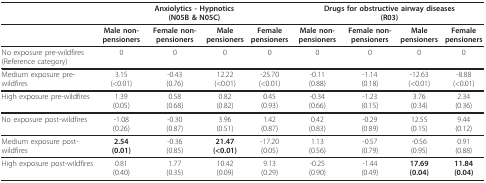
|  | <COLSPAN=4> Anxiolytics - Hypnotics(N05B & N05C) | <COLSPAN=4> Drugs for obstructive airway diseases(R03) |
 | --- | --- | --- | --- | --- | --- | --- | --- | --- |
 |  | Male non-pensioners | Female non- pensioners | Male pensioners | Female pensioners | Male non-pensioners | Female non-pensioners | Male pensioners | Female pensioners |
 | No exposure pre-wildfires (Reference category) | 0 | 0 | 0 | 0 | 0 | 0 | 0 | 0 |
 | Medium exposure pre-wildfires | 3.15(<0.01) | -0.43(0.76) | 12.22(<0.01) | -25.70(<0.01) | -0.11(0.88) | -1.14(0.18) | -12.63(<0.01) | -8.88(<0.01) |
 | High exposure pre-wildfires | 1.39(0.05) | 0.58(0.68) | 0.82(0.82) | 0.45(0.93) | -0.34(0.66) | -1.23(0.15) | 3.76(0.34) | 2.34(0.36) |
 | No exposure post-wildfires | -1.08(0.26) | -0.30(0.87) | 3.96(0.51) | 1.42(0.87) | 0.42(0.83) | -0.29(0.89) | 12.55(0.15) | 9.44(0.12) |
 | Medium exposure post-wildfires | 2.54(0.01) | -0.36(0.85) | 21.47(<0.01) | -17.20(0.05) | 1.13(0.56) | -0.57(0.79) | -0.56(0.95) | 0.91(0.88) |
 | High exposure post-wildfires | 0.81(0.40) | 1.77(0.35) | 10.42(0.09) | 9.13(0.29) | -0.25(0.90) | -1.44(0.49) | 17.69(0.04) | 11.84(0.04) |